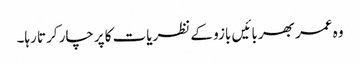
وہ عمر بھر بائیں بازو کے نظریات کا پرچار کرتا رہا۔